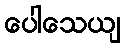
ပေါသေယျ